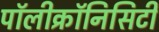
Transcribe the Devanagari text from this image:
पॉलीक्रॉनिसिटी